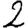
Digit: 2